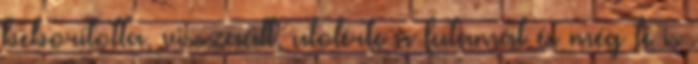
beborította, visszaült, utolérte a futamát és még le is